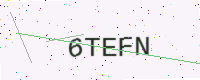
Text: 6TEFN